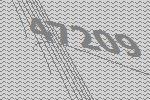
47209